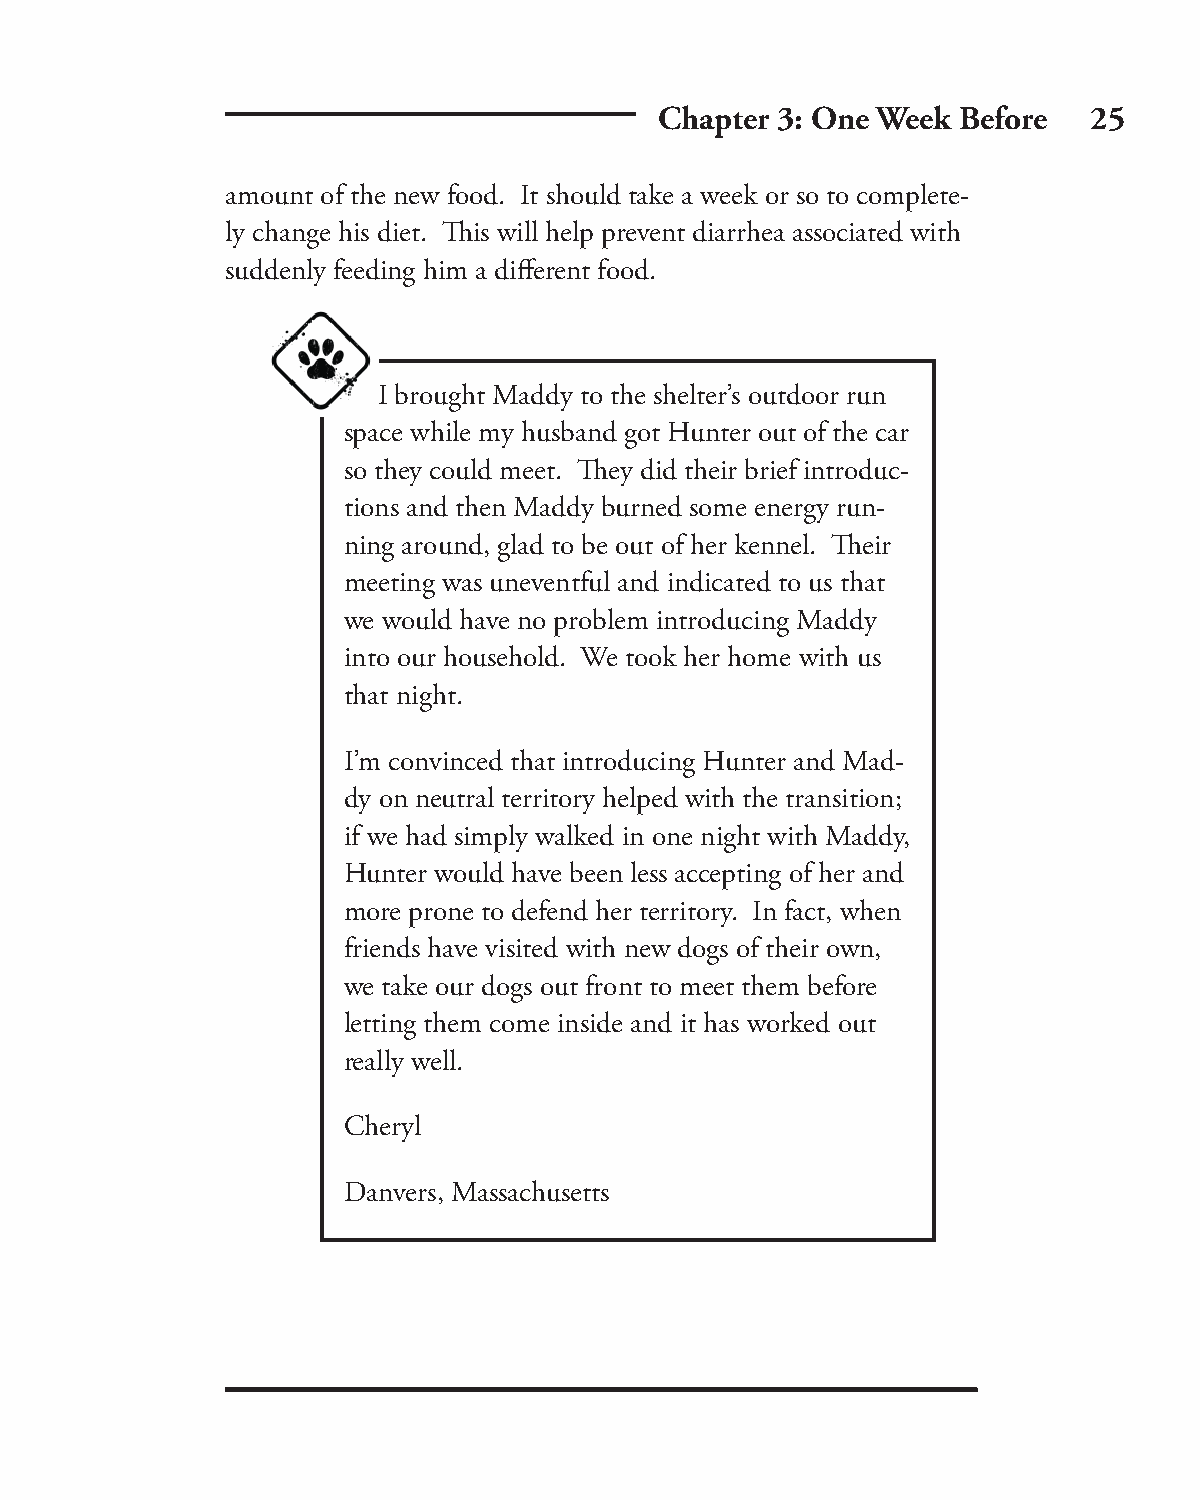
Chapter 3: One Week Before  25
 amount of the new food. It should take a week or so to complete-
 ly change his diet. Th is will help prevent diarrhea associated with
 suddenly feeding him a diff erent food.
 I brought Maddy to the shelter’s outdoor run
 space while my husband got Hunter out of the car
 so they could meet. Th ey did their brief introduc-
 tions and then Maddy burned some energy run-
 ning around, glad to be out of her kennel. Th eir
 meeting was uneventful and indicated to us that
 we would have no problem introducing Maddy
 into our household. We took her home with us
 that night.
 I’m convinced that introducing Hunter and Mad-
 dy on neutral territory helped with the transition;
 if we had simply walked in one night with Maddy,
 Hunter would have been less accepting of her and
 more prone to defend her territory. In fact, when
 friends have visited with new dogs of their own,
 we take our dogs out front to meet them before
 letting them come inside and it has worked out
 really well.
 Cheryl
 Danvers, Massachusetts